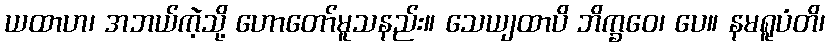
ယထာဟ၊ အဘယ်ကဲ့သို့ ဟောတော်မူသနည်း။ သေယျထာပိ ဘိက္ခဝေ၊ ပေ။ နမရူပံတိ၊